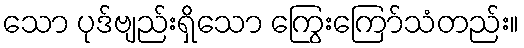
သော ပုဒ်ဗျည်းရှိသော ကြွေးကြော်သံတည်း။